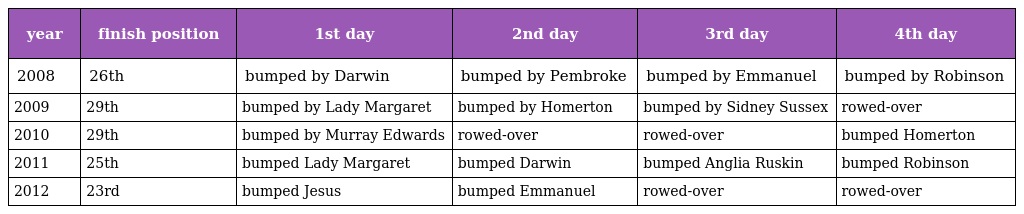
| year | finish position | 1st day | 2nd day | 3rd day | 4th day |
 | --- | --- | --- | --- | --- | --- |
 | 2008 | 26th | bumped by Darwin | bumped by Pembroke | bumped by Emmanuel | bumped by Robinson |
 | 2009 | 29th | bumped by Lady Margaret | bumped by Homerton | bumped by Sidney Sussex | rowed-over |
 | 2010 | 29th | bumped by Murray Edwards | rowed-over | rowed-over | bumped Homerton |
 | 2011 | 25th | bumped Lady Margaret | bumped Darwin | bumped Anglia Ruskin | bumped Robinson |
 | 2012 | 23rd | bumped Jesus | bumped Emmanuel | rowed-over | rowed-over |